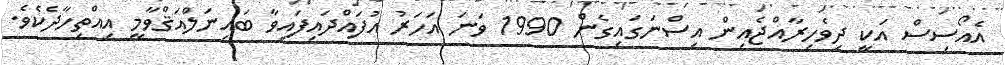
އެއޯސިސް އަކީ ދިވެހިރާއްޖެއިން އިސްނަގައިގެން 1990 ވަނަ އަހަރު އުފައްދައިފައިވާ ބައިނަލްއަޤްވާމީ އިއްތިހާދެކެވެ.